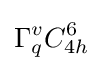
\Gamma _{q}^{v}C_{4h}^{6}